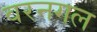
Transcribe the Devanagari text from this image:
वरनगल